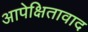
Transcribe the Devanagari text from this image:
आपेक्षितावाद